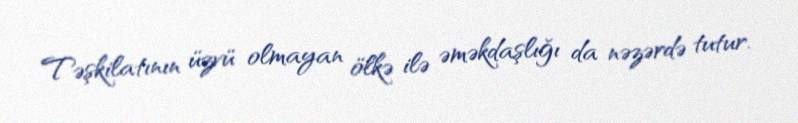
Təşkilatının üzvü olmayan ölkə ilə əməkdaşlığı da nəzərdə tutur.